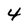
Character: 4